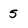
Character: 5